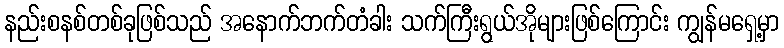
နည်းစနစ်တစ်ခုဖြစ်သည် အနောက်ဘက်တံခါး သက်ကြီးရွယ်အိုများဖြစ်ကြောင်း ကျွန်မရှေ့မှာ